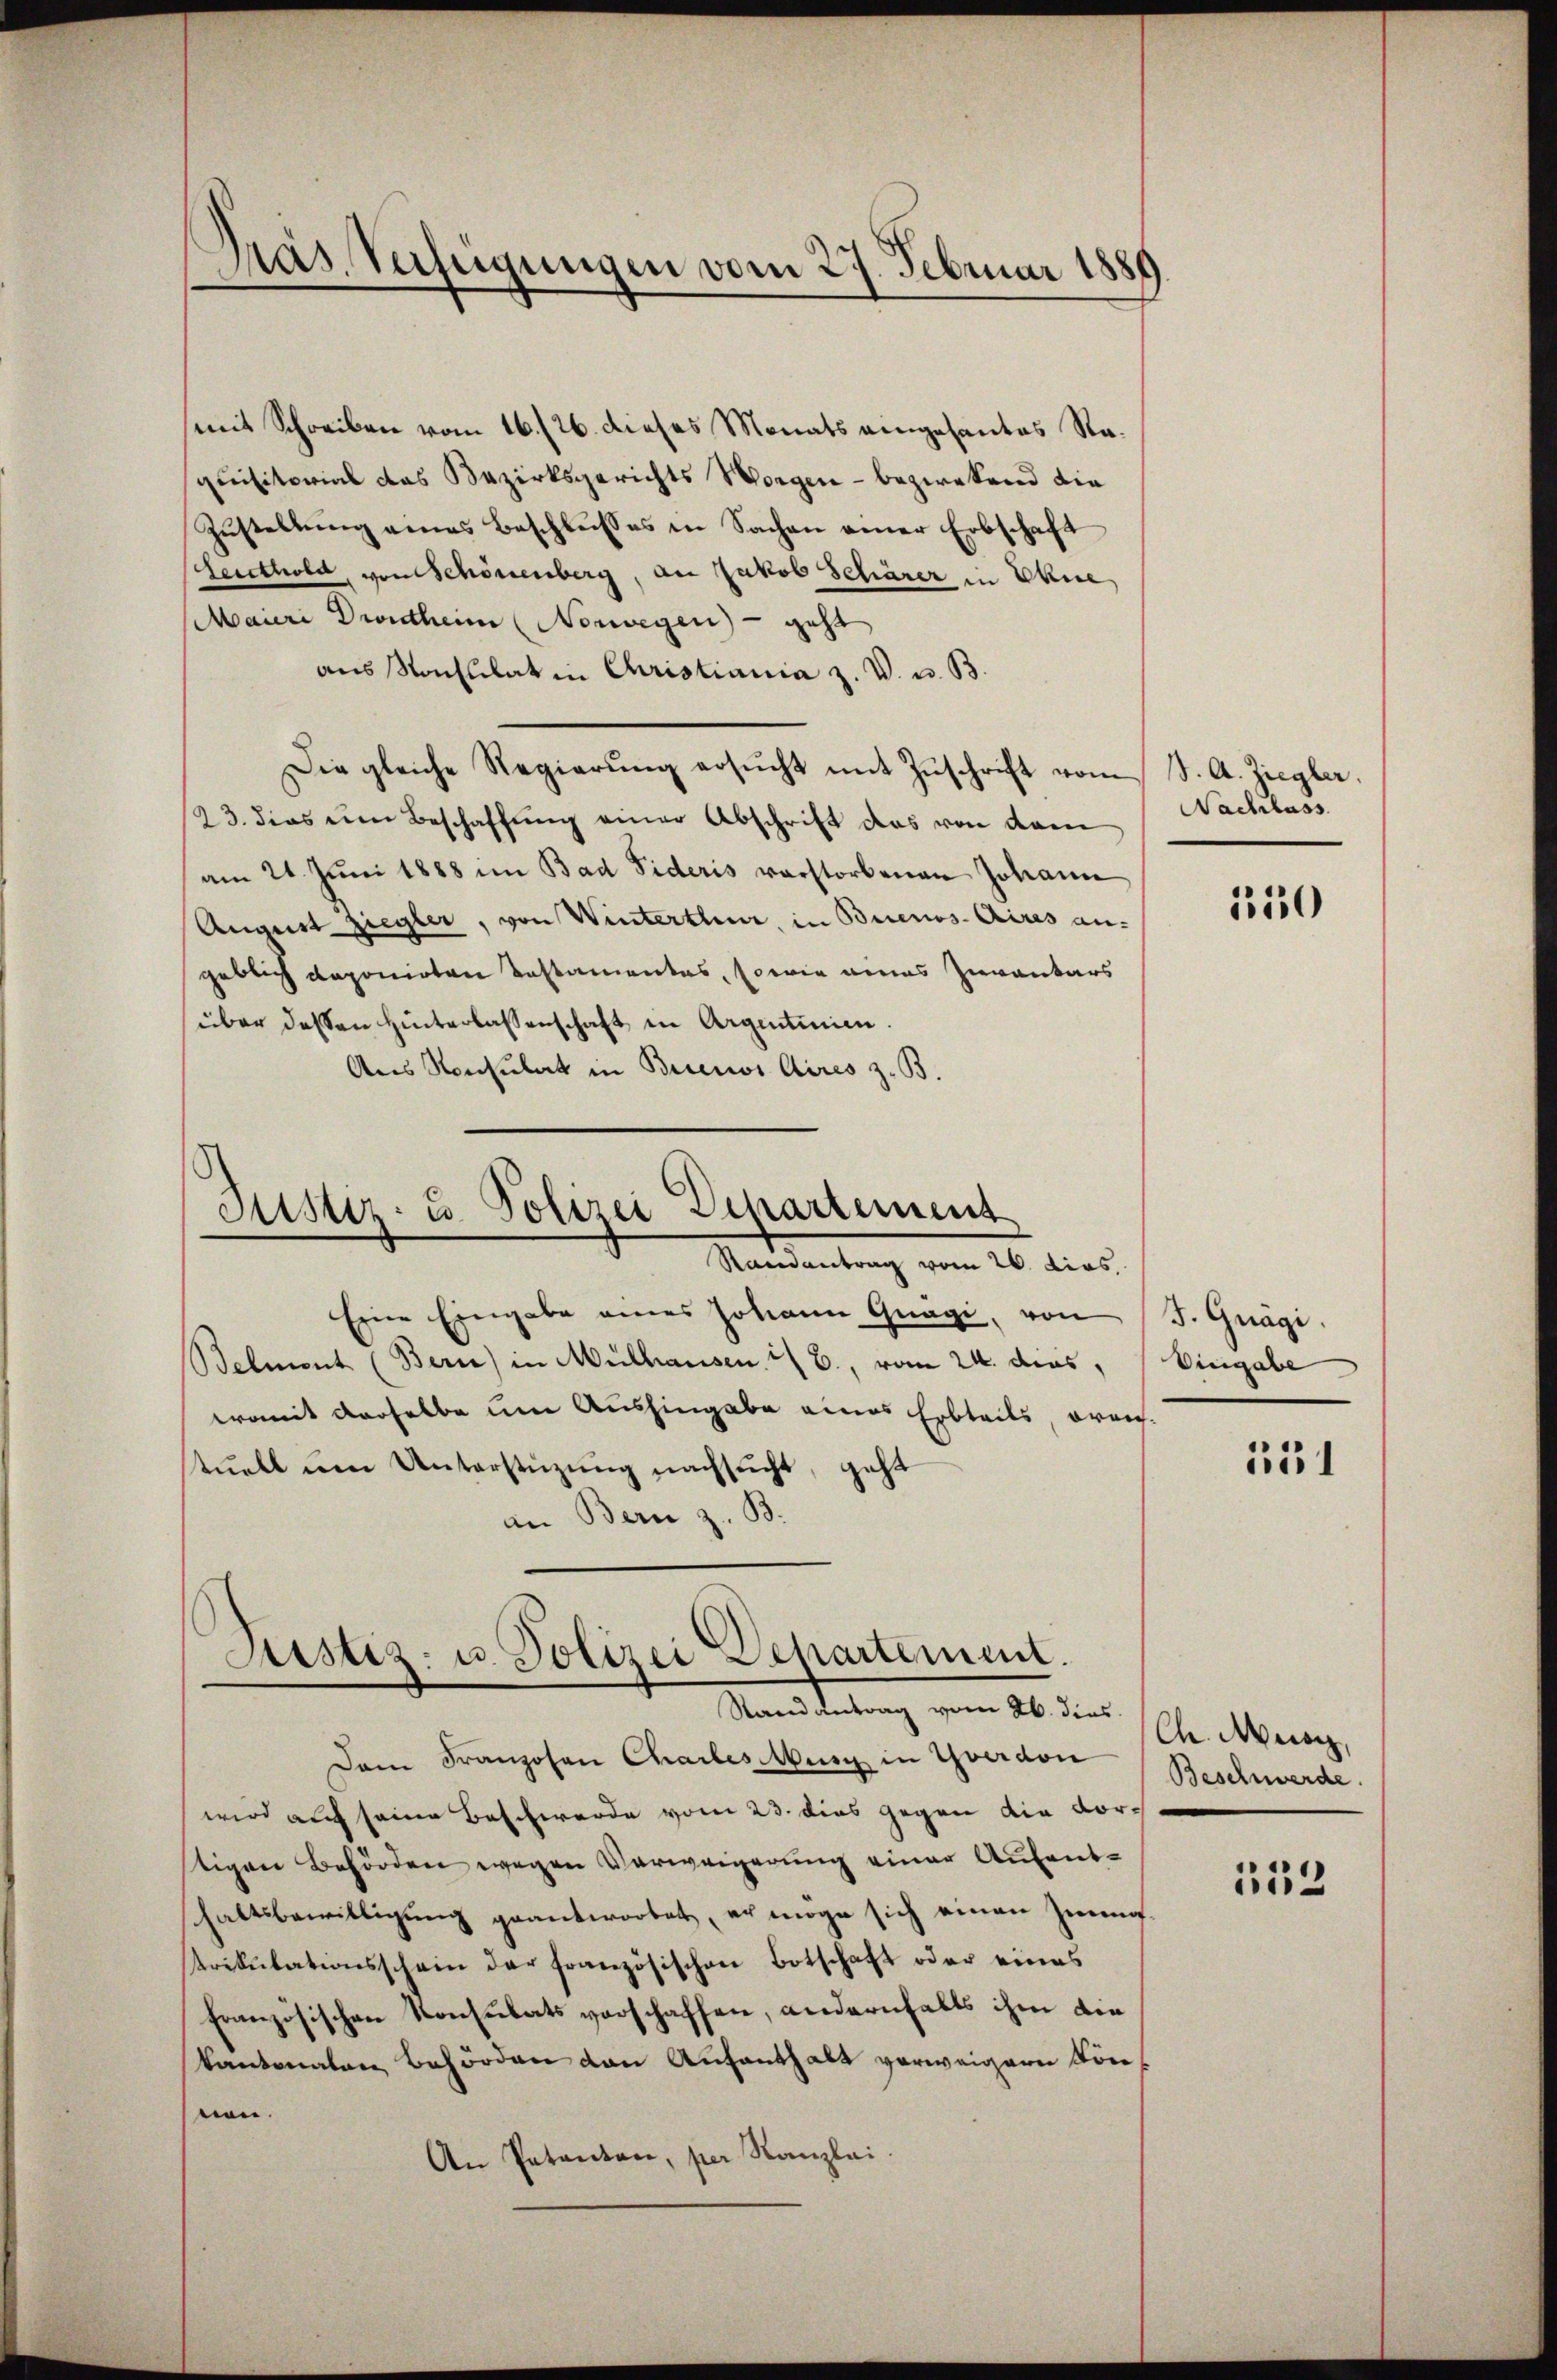
Gras Verfügungen vom 27. Februar 1889.

mit Schreiben vom 16./26. dieses Monats eingesantes Raquisitorial das Bezirksgerichts Worgen - bezwekend die
Zŭstellŭng eines Beschlŭsses in Sachen einer Erbschaft
Zeuthold, von Schönenberg, an Jakob Schärer in Ehre
Maieri Dintheim Norwegen – geht
aus Konsulat in Christiania z. V. u. B.
Die gleiche Regierŭng ersŭcht mit Zŭschrift vom S. A. Ziegler.
23. dies ein Beschaffŭng einer Abschrift das von dem
am 21. Juni 1888 im Bad Fideris verstorbenen Johann
August Ziegler, von Winterthen, in Buenos-Aires an-
geblich deponirten Testamentes, sowie eines Zuvantars
über dessen Hinterlassenschaft in Argentinien.
Aus Konsulat in Buenos Aires z. B.

Justiz- u. Polizei Departement
Ramantrag vom 26. dies

Justiz- u. Polizei Departement.
Manleitung vom 26. dies l. Mann,

Eine Eingabe eines Johann Gnägi, von J. Grägi.
Belment (Bern) in Mülhausen :/ B., vom 24. dies,
womit derselbe um Aushingabe eines Erbteils, orans-
tuell um Unterstüzung nachsucht, geht
an Bern z. B.

Nachlass

Dam Franzosen Charles burg in Yverdon Beschwerde.
wird auf seine Beschwerde vom 23. dies gegen die vorstigen Behörden wegen Verweigerung einer Aufenthaltsbewilligŭng geantwortet, er möge sich einen Zweig
trikulationsschein der französischen Botschaft oder eines
französischen Konsulats vorschaffen, andernhalts ihm die
kantonalen Behörden den Aufenthalt verweigern Konnen.
An Patanton, per Kanzlei.

150

Eingabe

531

153